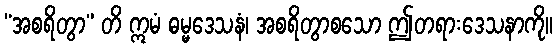
“အစရိတွာ” တိ ဣမံ ဓမ္မဒေသနံ၊ အစရိတွာစသော ဤတရားဒေသနာကို။